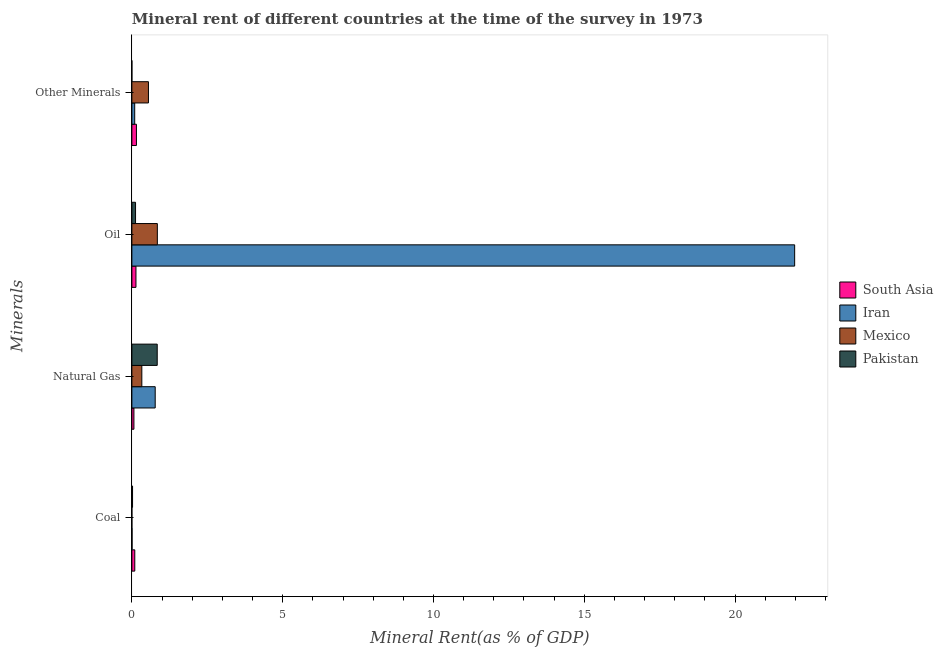
| Minerals | South Asia | Iran | Mexico | Pakistan |
 | --- | --- | --- | --- | --- |
 | Coal | 0.0966 | 0.00607 | 9.86e-05 | 0.0223 |
 | Natural Gas | 0.0681 | 0.773 | 0.33 | 0.84 |
 | Oil | 0.135 | 22 | 0.845 | 0.122 |
 | Other Minerals | 0.151 | 0.0939 | 0.55 | 1.4e-05 |